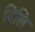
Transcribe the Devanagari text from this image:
दिलि